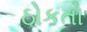
ઠોકતો